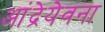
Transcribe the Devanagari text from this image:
आंद्रेयेवना